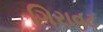
ગિરાવટ